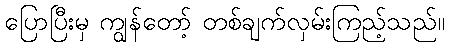
ပြောပြီးမှ ကျွန်တော့် တစ်ချက်လှမ်းကြည့်သည်။